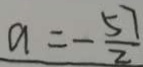
a = - \frac { 5 7 } { 2 }